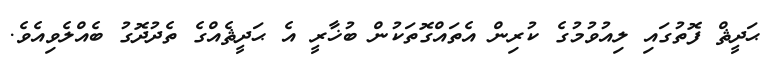
ޙަދީޘް ފޮތުގައި ލިއުވުމުގެ ކުރިން އެތައްގޮތަކުން ބުޚާރީ އެ ޙަދީޘެއްގެ ތެދުދޮގު ބެއްލެވިއެވެ.